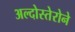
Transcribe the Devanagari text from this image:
अल्दोस्तेरोने